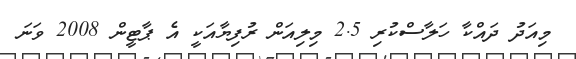
މިއަދު ދައްކާ ހަލާސްކުރި 2.5 މިލިއަން ރުފިޔާއަކީ އެ ޕާޓީން 2008 ވަނަ